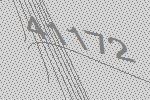
41172